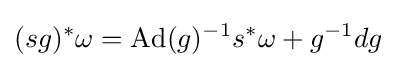
(sg)^{*}\omega =\operatorname {Ad} (g)^{-1}s^{*}\omega +g^{-1}dg